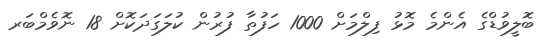
ބޮލީވުޑްގެ އެންމެ މޮޅު ފިލްމަށް 1000 ހަފުތާ ފުރުން ކުލަގަދަކޮށް 18 ނޮވެމްބަރ